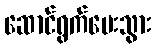
ဆောင်ရွက်ပေးသွား